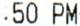
:50 PM